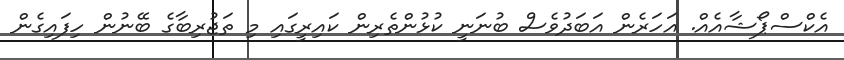
އެކްސްޕޯޝާއެއް. އަހަރެން އަބަދުވެސް ބުނަނީ ކުޅުންތެރިން ކައިރީގައި މި ތަޖުރިބާގެ ބޭނުން ހިފައިގެން